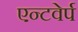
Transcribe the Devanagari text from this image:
एन्टवेर्प